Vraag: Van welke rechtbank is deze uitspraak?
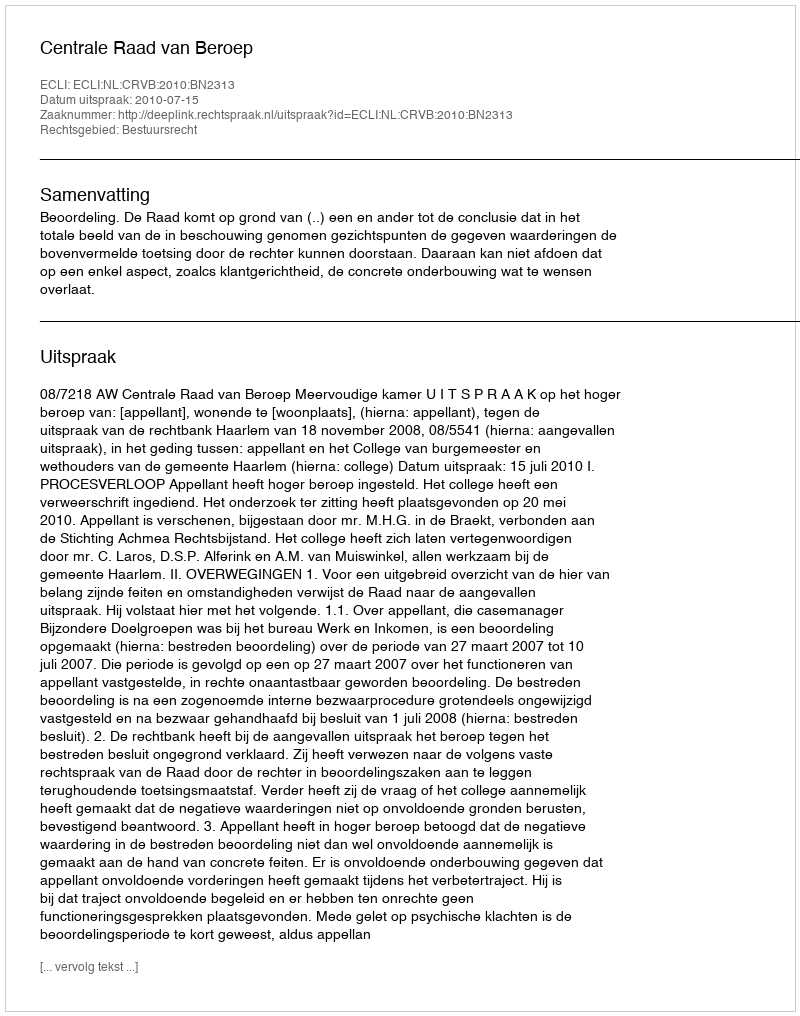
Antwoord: Centrale Raad van Beroep